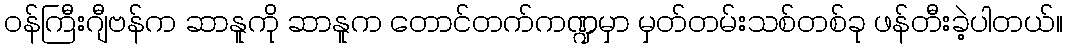
ဝန်ကြီးဂျီဗန်က ဆာနူကို ဆာနူက တောင်တက်ကဏ္ဍမှာ မှတ်တမ်းသစ်တစ်ခု ဖန်တီးခဲ့ပါတယ်။